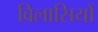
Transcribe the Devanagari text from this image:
विलासियों